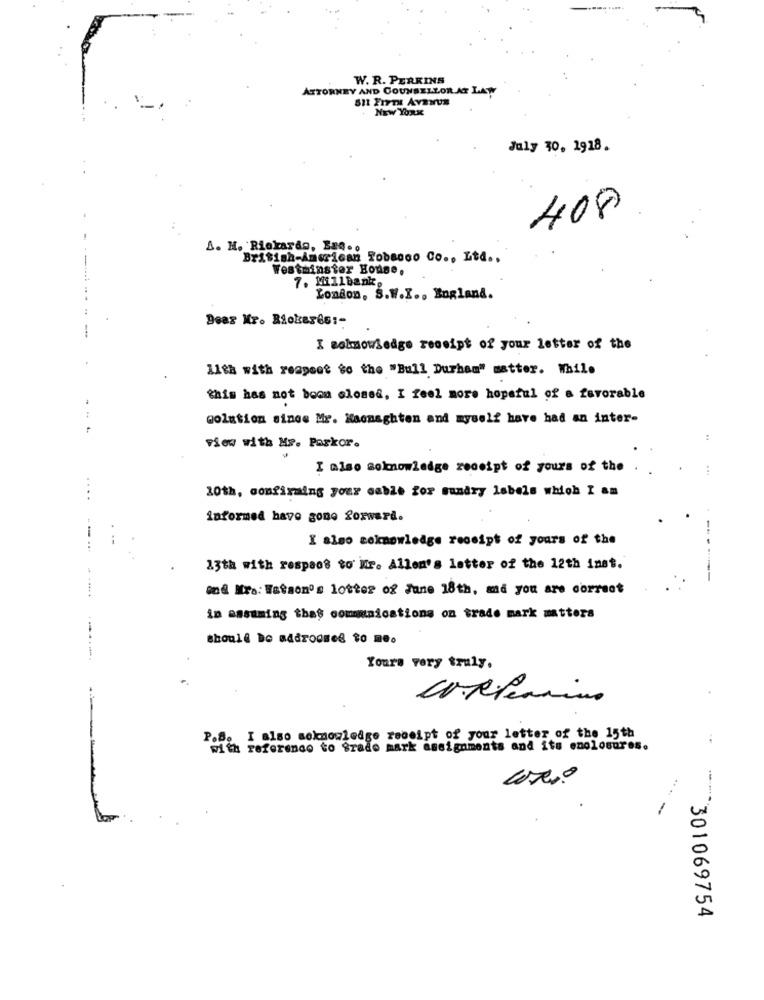
W. R. PERKINS
ATTORNEY AND COUNSELLORAS LAN
NEW YORK
July 30, 1918.
408
A. H. Rickardo, Esq. o
British-American Tobacco Co ., Ltd ..
Westminster House,
7. Millbank.
London. S.W.I .. England.
Dear Mr. Biokeres :-
-
I asknowledge receipt of your letter of the
lith with respect to the "Bull Durham" matter. While
this has not boon closed, I feel more hopeful of a favorable
solution since Mr. Macnaghten and myself have had an inter-
view with Mr. Parkor.
I also soknowledge receipt of yours of the
30th, confirming your cable for sundry labels which I am
...
informed have gone forward.
--
I also coknowledge receipt of yours of the
23th with respaos to Mr. Allen's letter of the 12th inst.
und Miro: Watson's lotter of June 18th, and you are correct
in assuming thas communications on trade mark matters
should be Bidrogsee to meo
----.
Yours very truly.
---
P.B. I also acknowledge receipt of your letter of the 15th
with reference to Srade mark assignments and its enclosures.
--
** 301069754